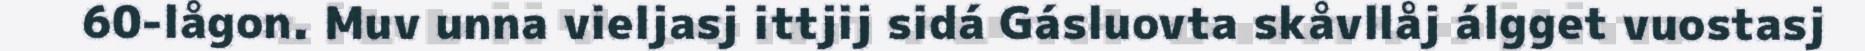
60-lågon. Muv unna vieljasj ittjij sidá Gásluovta skåvllåj álgget vuostasj